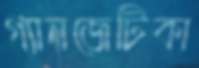
গ্যানজেটিকা